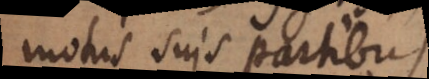
motus suis partibus.